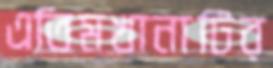
এতিমখানাটির